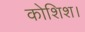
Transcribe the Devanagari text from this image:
कोशिश।